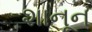
શાનૂન